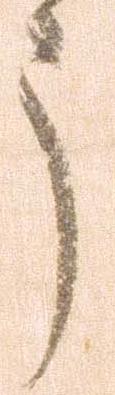
う